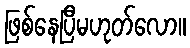
ဖြစ်နေပြီမဟုတ်လော။